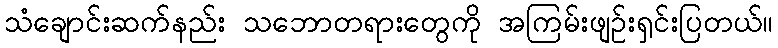
သံချောင်းဆက်နည်း သဘောတရားတွေကို အကြမ်းဖျဉ်းရှင်းပြတယ်။